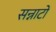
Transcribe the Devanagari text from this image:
सन्नाटों